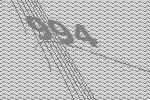
994